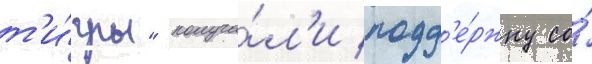
т'и́гры" получа́л'и подд'е́ржку со́